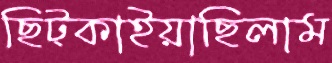
ছিট্‌কাইয়াছিলাম